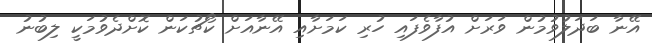
އޭނާ ބަދަލުވުމުން ވަރަށް އުފާވެފައި ހުރި ކަމަށާއި އޭނާއަށް ކޯޗުކަން ކޮށްދެވުމަކީ ލިބުނު